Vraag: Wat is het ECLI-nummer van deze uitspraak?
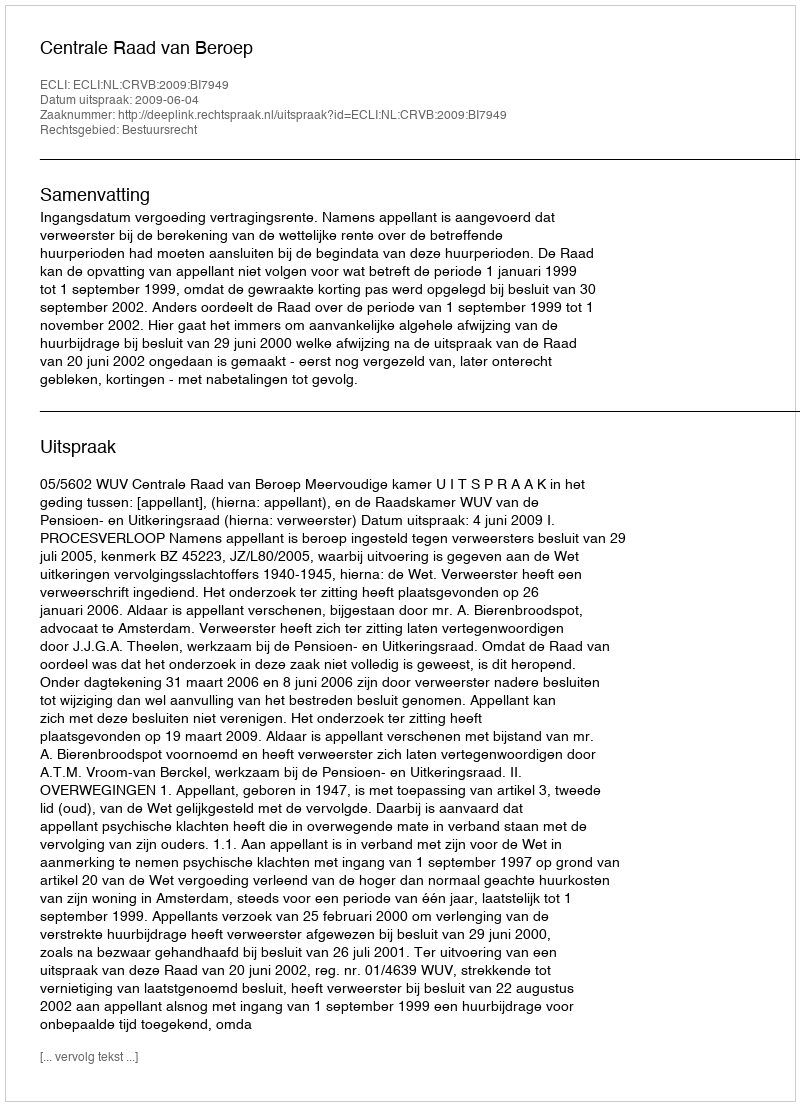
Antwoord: ECLI:NL:CRVB:2009:BI7949